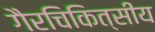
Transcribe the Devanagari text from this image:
गैरचिकित्सीय